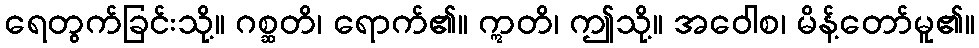
ရေတွက်ခြင်းသို့။ ဂစ္ဆတိ၊ ရောက်၏။ ဣတိ၊ ဤသို့။ အဝေါစ၊ မိန့်တော်မူ၏။